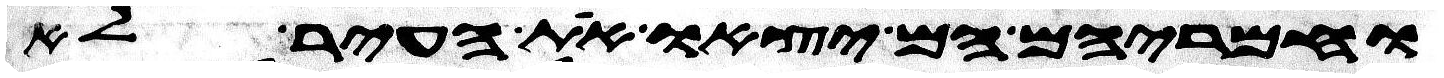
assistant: וחמריהם הם יצאו את העיר לא